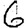
Digit: 6